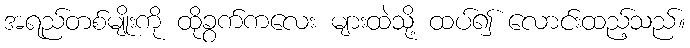
အရည်တစ်မျိုးကို ထိုခွက်ကလေး များထဲသို့ ထပ်၍ လောင်းထည့်သည်။